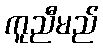
ကူညီမည်